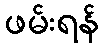
ဖမ်းရန်